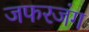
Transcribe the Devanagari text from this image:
जफरजंग